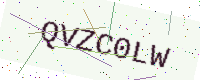
Text: QVZC0LW